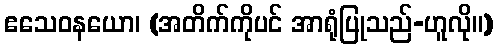
ဧသေဝနယော၊ (အတိက်ကိုပင် အာရုံပြုသည်-ဟူလို။)